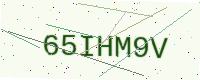
Text: 65IHM9V